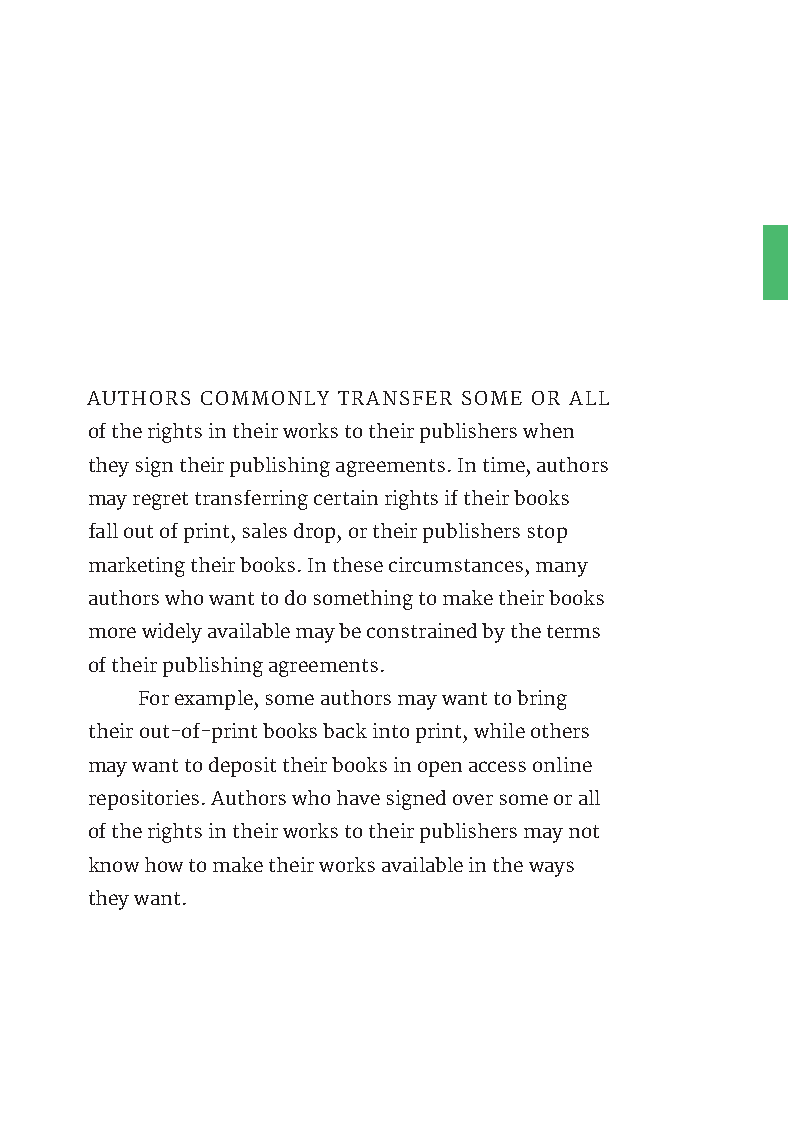
AUTHORS COMMONLY TRANSFER SOME OR ALL
 of the rights in their works to their publishers when
 they sign their publishing agreements. In time, authors
 may regret transferring certain rights if their books
 fall out of print, sales drop, or their publishers stop
 marketing their books. In these circumstances, many
 authors who want to do something to make their books
 more widely available may be constrained by the terms
 of their publishing agreements.
 For example, some authors may want to bring
 their out-of-print books back into print, while others
 may want to deposit their books in open access online
 repositories. Authors who have signed over some or all
 of the rights in their works to their publishers may not
 know how to make their works available in the ways
 they want.